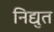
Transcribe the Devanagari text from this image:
निद्युत